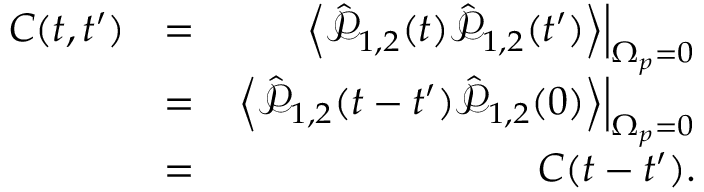
\begin{array} { r l r } { C ( t , t ^ { \prime } ) } & { = } & { \left. \left< \hat { \mathcal P } _ { 1 , 2 } ( t ) \hat { \mathcal P } _ { 1 , 2 } ( t ^ { \prime } ) \right> \right| _ { \Omega _ { p } = 0 } } \\ & { = } & { \left. \left< \hat { \mathcal P } _ { 1 , 2 } ( t - t ^ { \prime } ) \hat { \mathcal P } _ { 1 , 2 } ( 0 ) \right> \right| _ { \Omega _ { p } = 0 } } \\ & { = } & { C ( t - t ^ { \prime } ) . } \end{array}